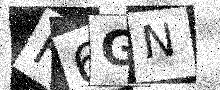
Text: H6GN